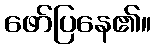
ဖော်ပြနေ၏။